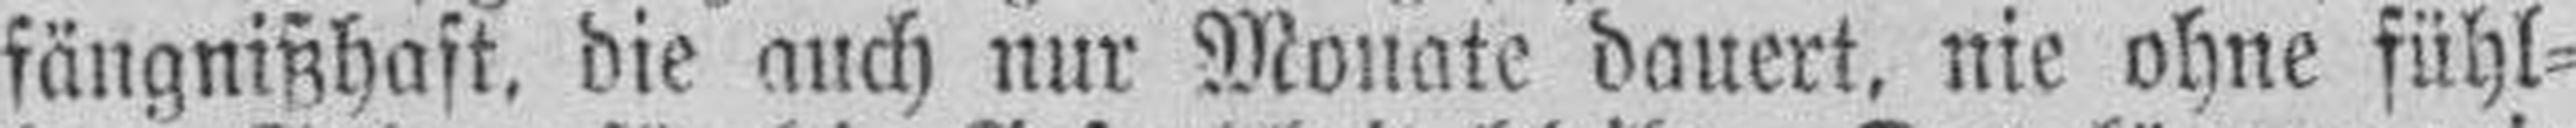
fängnißhaft, die auch nur Monate dauert, nie ohne fühl¬